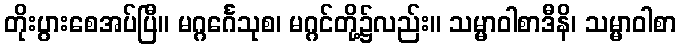
တိုးပွားစေအပ်ပြီ။ မဂ္ဂင်္ဂေသုစ၊ မဂ္ဂင်တို့၌လည်း။ သမ္မာဝါစာဒီနိ၊ သမ္မာဝါစာ